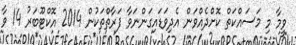
ވީމާ މި މަސައްކަތް ކޮށްދެއްވަން އެދިވަޑައިގަންނަވާ ފަރާތްތަކުން 2014 އޮކްޓޫބަރު 14 ވާ